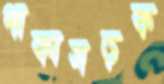
পাকাসড়ক